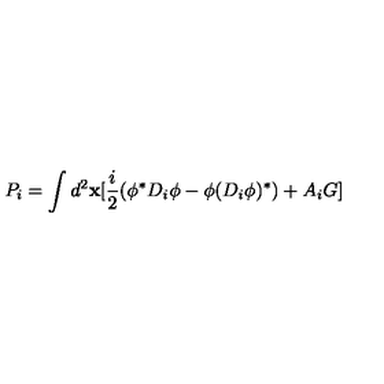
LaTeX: P _ { i } = \int d ^ { 2 } { \bf x } [ { \frac { i } { 2 } } ( \phi ^ { * } D _ { i } \phi - \phi ( D _ { i } \phi ) ^ { * } ) + A _ { i } G ]